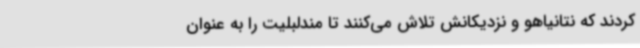
کردند که نتانیاهو و نزدیکانش تلاش می‌کنند تا مندلبلیت را به عنوان